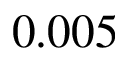
0 . 0 0 5